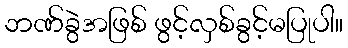
ဘဏ်ခွဲအဖြစ် ဖွင့်လှစ်ခွင့်မပြုပါ။